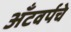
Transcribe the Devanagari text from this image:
अँटवर्पचे